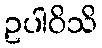
ဥပါဝိသိ